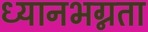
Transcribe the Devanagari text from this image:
ध्यानभग्नता